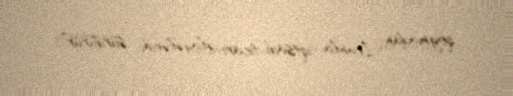
qoymadan İranla iqtisadi-ticari əlaqələrini sürdürür”.